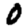
Digit: 0